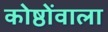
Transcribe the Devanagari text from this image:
कोष्ठोंवाला